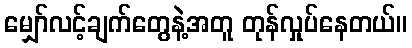
မျှော်လင့်ချက်တွေနဲ့အတူ တုန်လှုပ်နေတယ်။